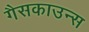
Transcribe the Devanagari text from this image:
गैसकाउन्स